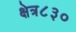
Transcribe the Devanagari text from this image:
क्षेत्र८३०